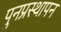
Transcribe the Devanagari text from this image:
पुनप्रस्थापन